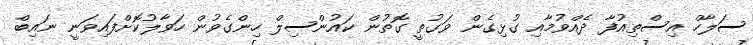
ސަލާހް އިސްތިއުފާ ދެއްވުމާއި ގުޅިގެން ވަގުތީ ގޮތުން ކައުންސިލް ހިންގެވުން ހަވާލުކޮށްފައިވަނީ ނައިބް